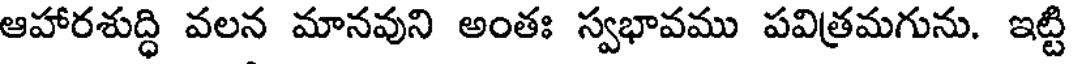
ఆహారశుద్ధి వలన మానవుని అంతః స్వభావము పవిత్రమగును. ఇట్టి